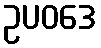
ဥပဝဒေ